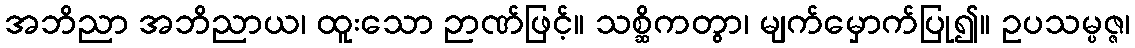
အဘိညာ အဘိညာယ၊ ထူးသော ဉာဏ်ဖြင့်။ သစ္ဆိကတွာ၊ မျက်မှောက်ပြု၍။ ဥပသမ္ပဇ္ဇ၊